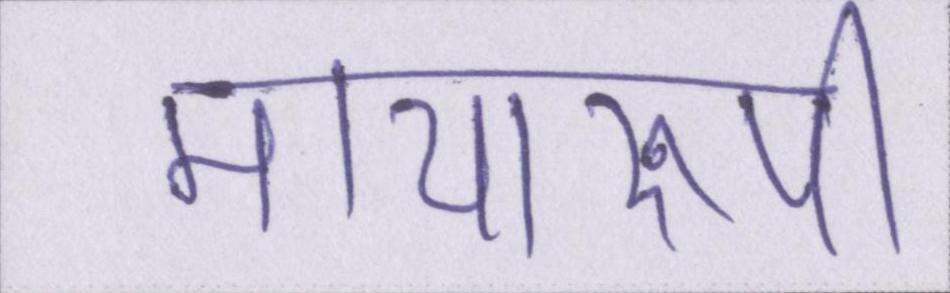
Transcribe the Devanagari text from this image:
मायारुपी